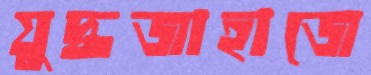
যুদ্ধজাহাজে